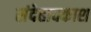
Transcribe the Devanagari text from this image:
संदेहावकाश